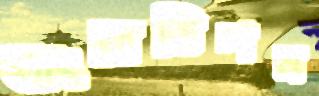
বাংরাভিশন